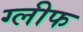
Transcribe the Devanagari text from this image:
ग्लीफ